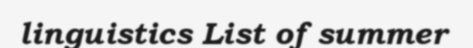
linguistics List of summer